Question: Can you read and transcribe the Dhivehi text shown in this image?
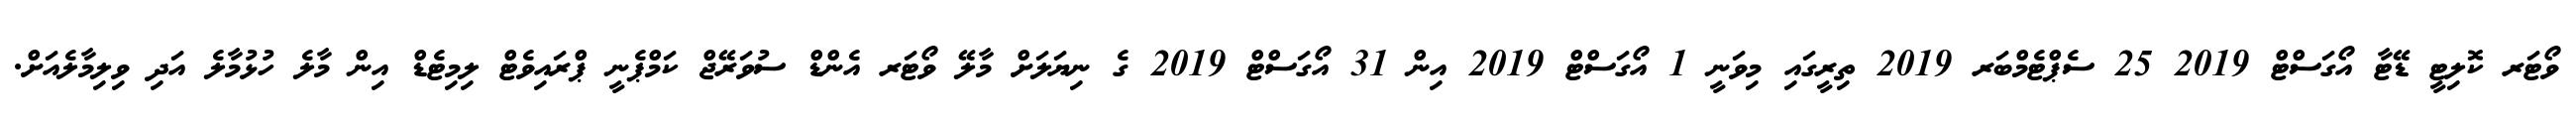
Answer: ވޯޓަރ ކޮލިޓީ ޑޭޓާ އޯގަސްޓް 2019 25 ސެޕްޓެމްބަރ 2019 ތިރީގައި މިވަނީ 1 އޯގަސްޓް 2019 އިން 31 އޯގަސްޓް 2019 ގެ ނިޔަލަށް މާލޭ ވޯޓަރ އެންޑް ސުވަރޭޖް ކަމްޕެނީ ޕްރައިވެޓް ލިމިޓެޑް އިން މާލެ ހުޅުމާލެ އަދި ވިލިމާލެއަށް.